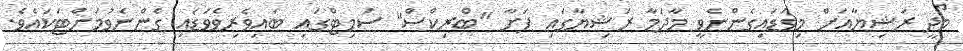
މޯދީ ރަޝިޔާއަށް މިވަޑައިގެންނެވީ މާދަމާ ރަޝިޔާގައި ފަށާ "ބްރިކްސް" ސަމިޓްގައި ބައިވެރިވެވަޑައި ގެންނެވުމަށްޓަކައެވެ.